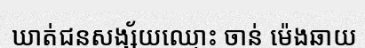
ឃាត់ជនសង្ស័យឈ្មោះ ចាន់ ម៉េងឆាយ